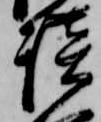
談